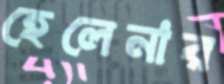
হেলেনার